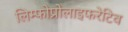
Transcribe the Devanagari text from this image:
लिम्फोप्रोलाइफरेटिव